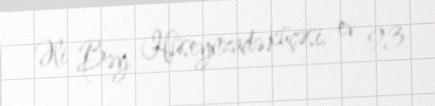
Əli Bəy Hüseynzadə küçəsi, ev 93